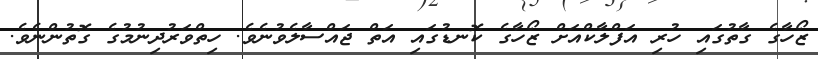
ޒޯހާގެ ގާތުގައި ހުރި އަފްލާކްއަށް ޒޯހާގެ ކޮނޑުގައި އަތް ޖައްސާލެވުނެވެ. ހިތްވަރުދިނުމުގެ ގޮތުންނެވެ.